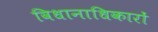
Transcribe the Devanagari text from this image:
विधानाधिकारों